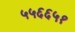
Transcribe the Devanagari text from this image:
५५६६५१